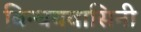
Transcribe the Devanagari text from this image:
विन्धयवासिनी